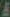
&